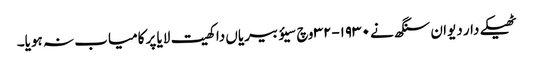
ٹھیکے دار دیوان سنگھ نے ١٩٣٠-٣٢ وچ سیؤ بیریاں دا کھیت لایا پر کامیاب نہ ہویا۔